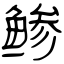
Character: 鲹